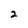
Character: 2